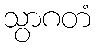
သွာဂတံ